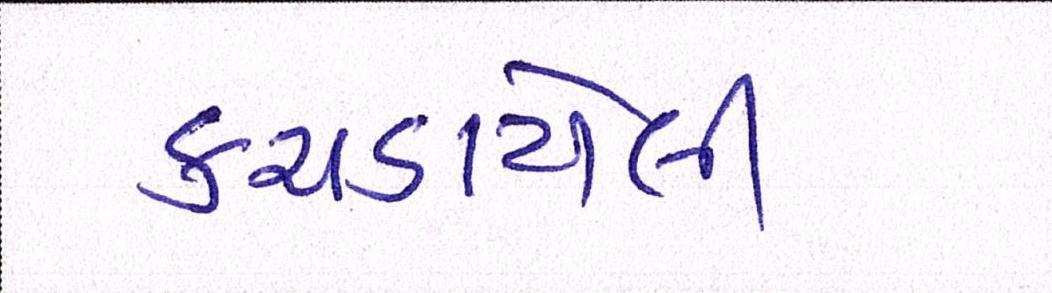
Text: કચડાયેલી